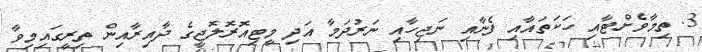
3. ތިމާވެށްޓާއި ހަކަތައާއި ފެނާއި ނަޖިހާއި ނަރުދަމާ އަދި މީޓިއޮރޮލޮޖީގެ ދާއިރާއިން ތިރީގައިމިވާ